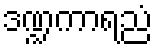
ဒဏ္ဍကာရညံ